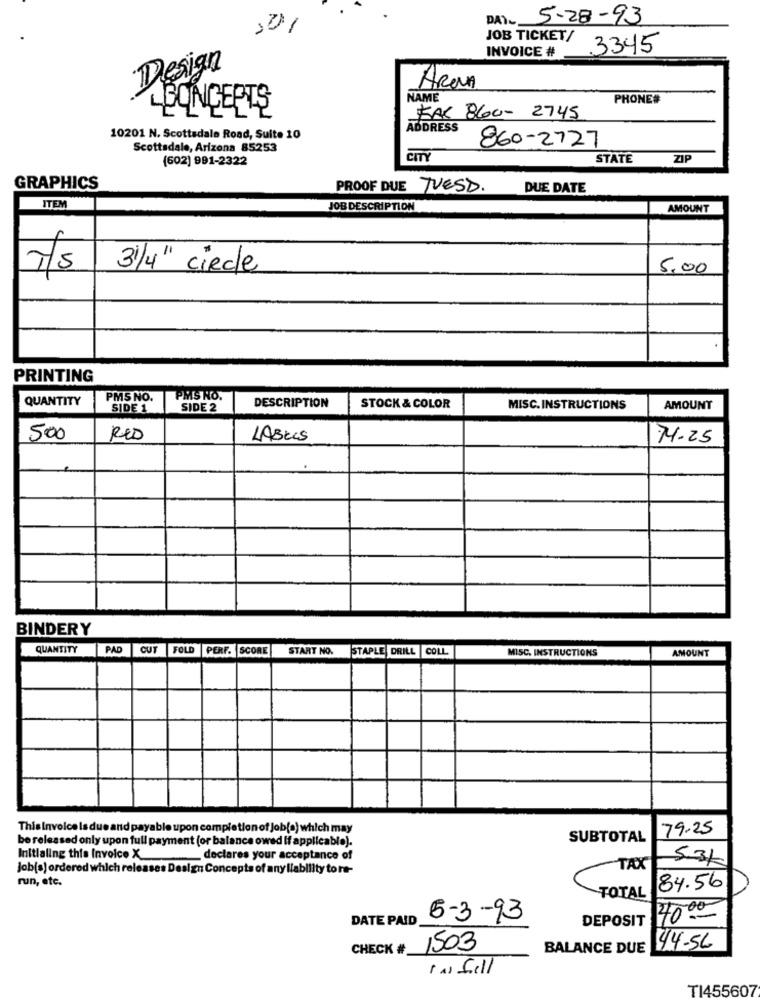
-
DAY- 5-28-93
JOB TICKET/
INVOICE #
3345
Design
AROMA
NAME
PHONE#
CONCEPTS
KAK 860- 2745
ADDRESS
10201 N. Scottsdale Road, Suite 10
Scottsdale, Arizona 85253
860-2727
(602) 991-2322
cm
STATE
ZIP
GRAPHICS
PROOF DUE TUESD.
DUE DATE
ITEM
JOB DESCRIPTION
AMOUNT
7/5
31/4" circle
5,00
PRINTING
QUANTITY
PMS NO.
PMS NO.
SIDE 1
SIDE 2
DESCRIPTION
STOCK & COLOR
MISC.INSTRUCTIONS
AMOUNT
500
RED
LABELS
74.25
BINDERY
QUANTITY
PAD
CUT FOLD PERF. SCORE
START NO.
STAPLE DRILL COLL
MISC, INSTRUCTIONS
AMOUNT
Thisinvoice Is due and payable upon completion of Job(s) which may
79.25
be released only upon full payment (or balance owed If applicable).
SUBTOTAL
Initialing this Invoice X
declares your acceptance of
5.31
Job(s) ordered which releases Design Concepts of any liability to ne-
TAX
run, etc.
84.56
TOTAL
DATE PAID
5-3-93
DEPOSIT
40.00
CHECK #
1503
BALANCE DUE
44.56
1 al Sell
TI455607